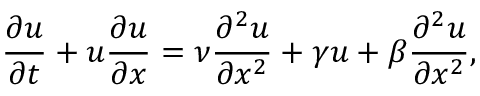
\frac { \partial u } { \partial t } + u \frac { \partial u } { \partial x } = \nu \frac { \partial ^ { 2 } u } { \partial x ^ { 2 } } + \gamma u + \beta \frac { \partial ^ { 2 } u } { \partial x ^ { 2 } } ,